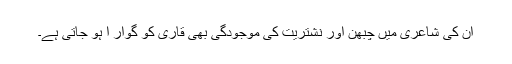
ان کی شاعری میں چبھن اور نشتریت کی موجودگی بھی قاری کو گوار ا ہو جاتی ہے۔